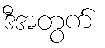
ဒီအတွက်